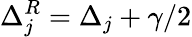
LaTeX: \Delta_{j}^{R}=\Delta_{j}+\gamma/2